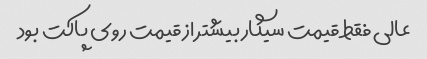
عالی فقط قیمت سیگار بیشتر از قیمت روی پاکت بود